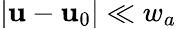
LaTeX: \left|\mathbf{u}-\mathbf{u}_{0}\right|\ll w_{a}